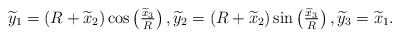
\begin{align*}\widetilde y_1=\left(R+\widetilde x_2\right)\cos\left(\tfrac{\widetilde x_3}{R}\right),\widetilde y_2=\left(R+\widetilde x_2\right)\sin\left(\tfrac{\widetilde x_3}{R}\right),\widetilde y_3=\widetilde x_1.\end{align*}